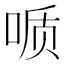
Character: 𫪪